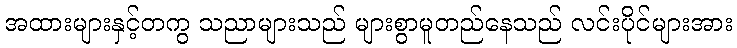
အထားများနှင့်တကွ သညာများသည် များစွာမူတည်နေသည် လင်းပိုင်များအား